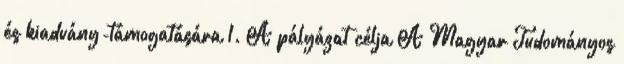
és kiadvány-támogatására 1. A pályázat célja A Magyar Tudományos